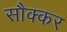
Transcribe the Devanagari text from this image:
सौक्कर